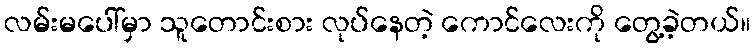
လမ်းမပေါ်မှာ သူတောင်းစား လုပ်နေတဲ့ ကောင်လေးကို တွေ့ခဲ့တယ်။